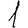
Digit: 1